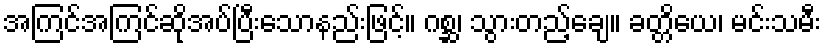
အကြင်အကြင်ဆိုအပ်ပြီးသောနည်းဖြင့်။ ဂစ္ဆ၊ သွားတည့်ချေ။ ခတ္တိယေ၊ မင်းသမီး